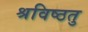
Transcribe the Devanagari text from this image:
श्रविष्ठतु